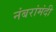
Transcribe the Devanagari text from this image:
नंबरांमंदी